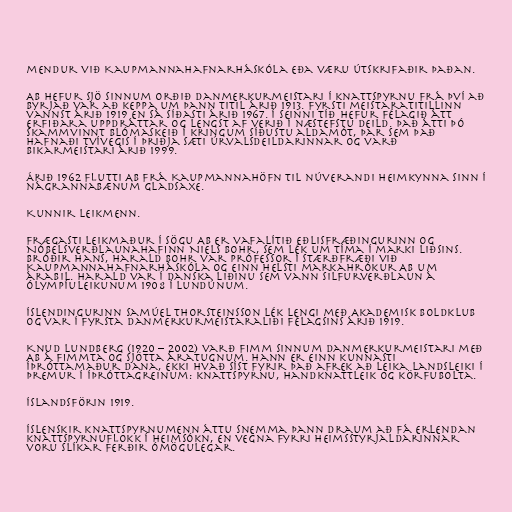
mendur við Kaupmannahafnarháskóla eða væru útskrifaðir þaðan.

AB hefur sjö sinnum orðið Danmerkurmeistari í knattspyrnu frá því að
byrjað var að keppa um þann titil árið 1913. Fyrsti meistaratitillinn
vannst árið 1919 en sá síðasti árið 1967. Í seinni tíð hefur félagið átt
erfiðara uppdráttar og lengst af verið í næstefstu deild. Það átti þó
skammvinnt blómaskeið í kringum síðustu aldamót, þar sem það
hafnaði tvívegis í þriðja sæti úrvalsdeildarinnar og varð
bikarmeistari árið 1999.

Árið 1962 flutti AB frá Kaupmannahöfn til núverandi heimkynna sinn í
nágrannabænum Gladsaxe.

Kunnir leikmenn.

Frægasti leikmaður í sögu AB er vafalítið eðlisfræðingurinn og
Nóbelsverðlaunahafinn Niels Bohr, sem lék um tíma í marki liðsins.
Bróðir hans, Harald Bohr var prófessor í stærðfræði við
Kaupmannahafnarháskóla og einn helsti markahrókur AB um
árabil. Harald var í danska liðinu sem vann silfurverðlaun á
Ólympíuleikunum 1908 í Lundúnum.

Íslendingurinn Samúel Thorsteinsson lék lengi með Akademisk Boldklub
og var í fyrsta Danmerkurmeistaraliði félagsins árið 1919.

Knud Lundberg (1920 – 2002) varð fimm sinnum Danmerkurmeistari með
AB á fimmta og sjötta áratugnum. Hann er einn kunnasti
íþróttamaður Dana, ekki hvað síst fyrir það afrek að leika landsleiki í
þremur í íþróttagreinum: knattspyrnu, handknattleik og körfubolta.

Íslandsförin 1919.

Íslenskir knattspyrnumenn áttu snemma þann draum að fá erlendan
knattspyrnuflokk í heimsókn, en vegna fyrri heimsstyrjaldarinnar
voru slíkar ferðir ómögulegar.